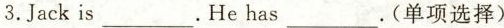
3.Jackis.___Hehas___.(单项选择)